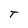
Character: T